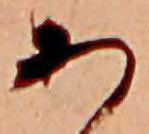
あ